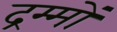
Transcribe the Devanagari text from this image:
द्रम्मों